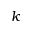
k